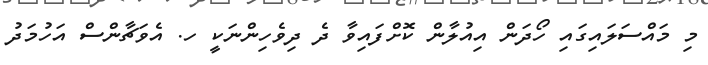
މި މައްސަލައިގައި ހޯދަން އިއުލާން ކޮށްފައިވާ ދެ ދިވެހިންނަކީ ހ. އެވަޗާންސް އަހުމަދު